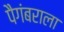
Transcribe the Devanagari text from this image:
पैगंबराला